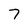
Character: 7